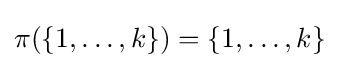
\pi (\{1,\dots ,k\})=\{1,\dots ,k\}